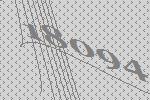
18094